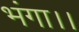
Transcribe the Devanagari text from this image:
भंगा।।